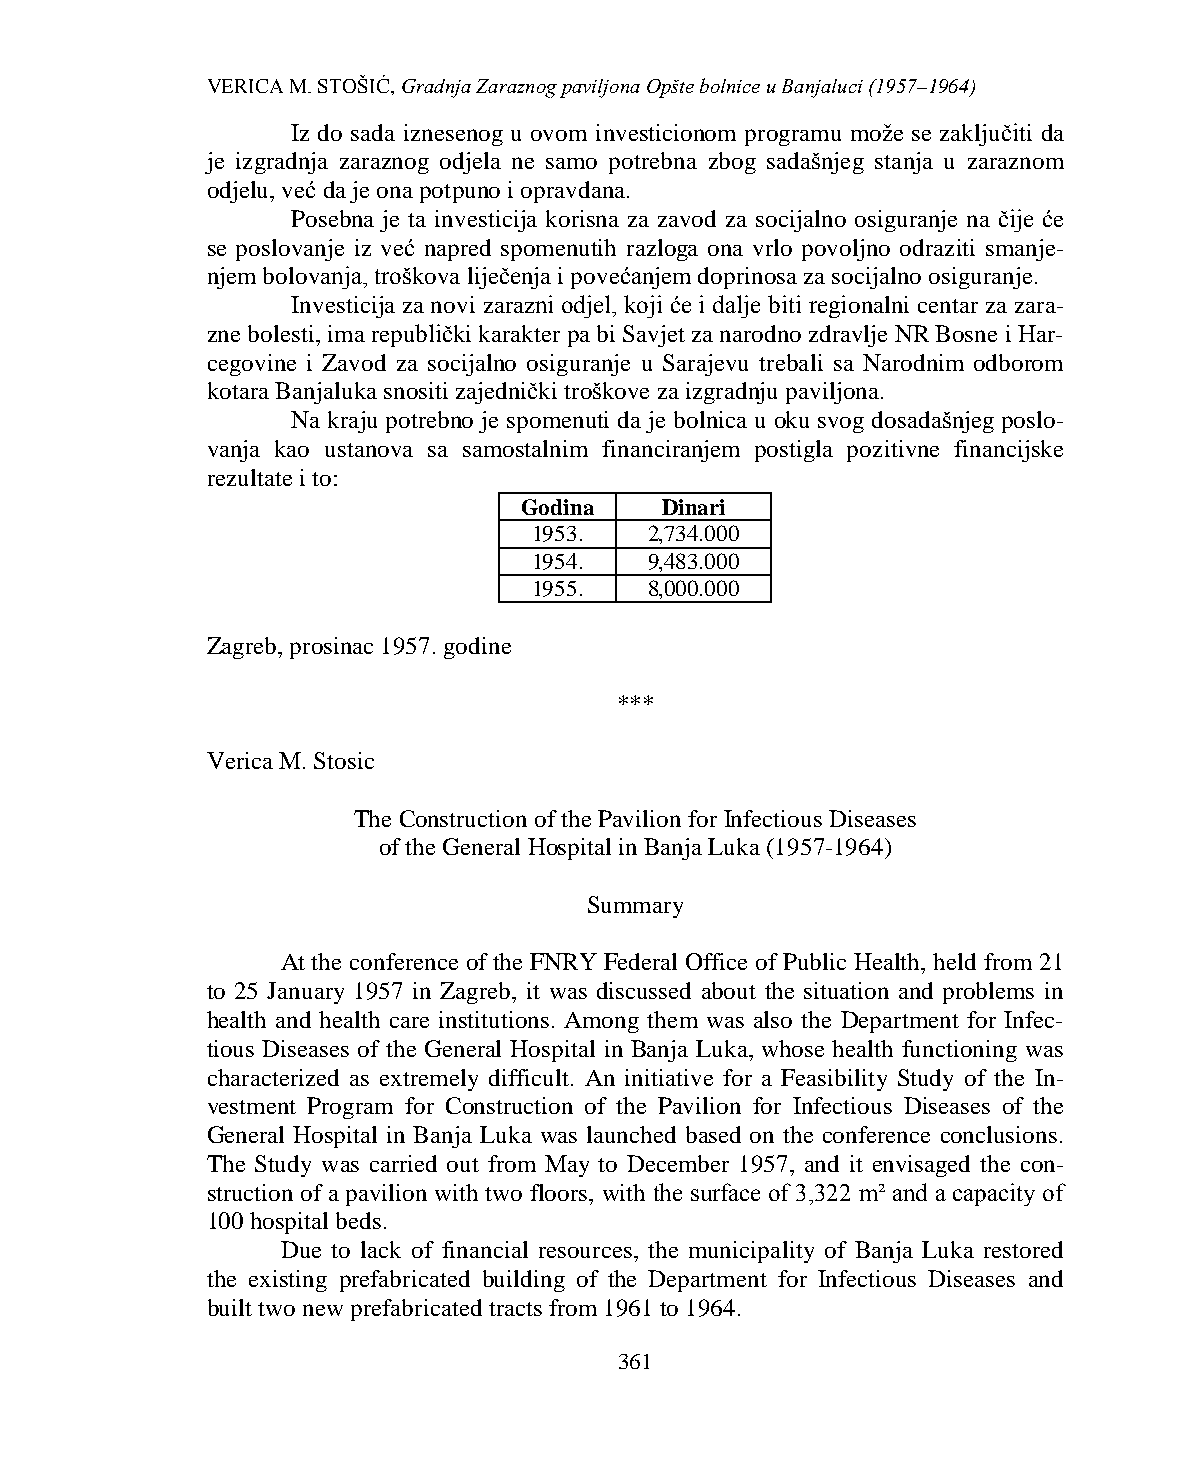
VERICA M. STOŠIĆ, Gradnja Zaraznog paviljona Opšte bolnice u Banjaluci (1957–1964)
 Iz do sada iznesenog u ovom investicionom programu može se zaključiti da
 je izgradnja zaraznog odjela ne samo potrebna zbog sadašnjeg stanja u zaraznom
 odjelu, već da je ona potpuno i opravdana.
 Posebna je ta investicija korisna za zavod za socijalno osiguranje na čije će
 se poslovanje iz već napred spomenutih razloga ona vrlo povoljno odraziti smanje-
 njem bolovanja, troškova liječenja i povećanjem doprinosa za socijalno osiguranje.
 Investicija za novi zarazni odjel, koji će i dalje biti regionalni centar za zara-
 zne bolesti, ima republički karakter pa bi Savjet za narodno zdravlje NR Bosne i Har-
 cegovine i Zavod za socijalno osiguranje u Sarajevu trebali sa Narodnim odborom
 kotara Banjaluka snositi zajednički troškove za izgradnju paviljona.
 Na kraju potrebno je spomenuti da je bolnica u oku svog dosadašnjeg poslo-
 vanja kao ustanova sa samostalnim financiranjem postigla pozitivne financijske
 rezultate i to:
 Godina    Dinari
 1953.   2,734.000
 1954.   9,483.000
 1955.   8,000.000
 Zagreb, prosinac 1957. godine
 ***
 Verica M. Stosic
 The Construction of the Pavilion for Infectious Diseases
 of the General Hospital in Banja Luka (1957-1964)
 Summary
 At the conference of the FNRY Federal Office of Public Health, held from 21
 to 25 January 1957 in Zagreb, it was discussed about the situation and problems in
 health and health care institutions. Among them was also the Department for Infec-
 tious Diseases of the General Hospital in Banja Luka, whose health functioning was
 characterized as extremely difficult. An initiative for a Feasibility Study of the In-
 vestment Program for Construction of the Pavilion for Infectious Diseases of the
 General Hospital in Banja Luka was launched based on the conference conclusions.
 The Study was carried out from May to December 1957, and it envisaged the con-
 struction of a pavilion with two floors, with the surface of 3,322 m² and a capacity of
 100 hospital beds.
 Due to lack of financial resources, the municipality of Banja Luka restored
 the existing prefabricated building of the Department for Infectious Diseases and
 built two new prefabricated tracts from 1961 to 1964.
 361